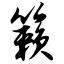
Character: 籁